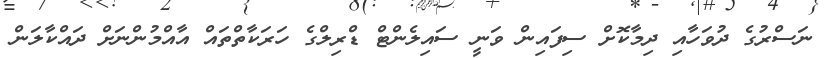
ނަސްރުގެ ދުވަހާއި ދިމާކޮށް ސިފައިން ވަނީ ސައިލެންޓް ޑްރިލްގެ ހަރަކާތްތައް އާއްމުންނަށް ދައްކާލަން